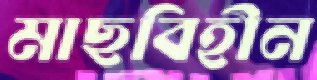
মাছবিহীন